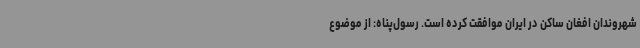
شهروندان افغان ساکن در ایران موافقت کرده است. رسول‌پناه: از موضوع